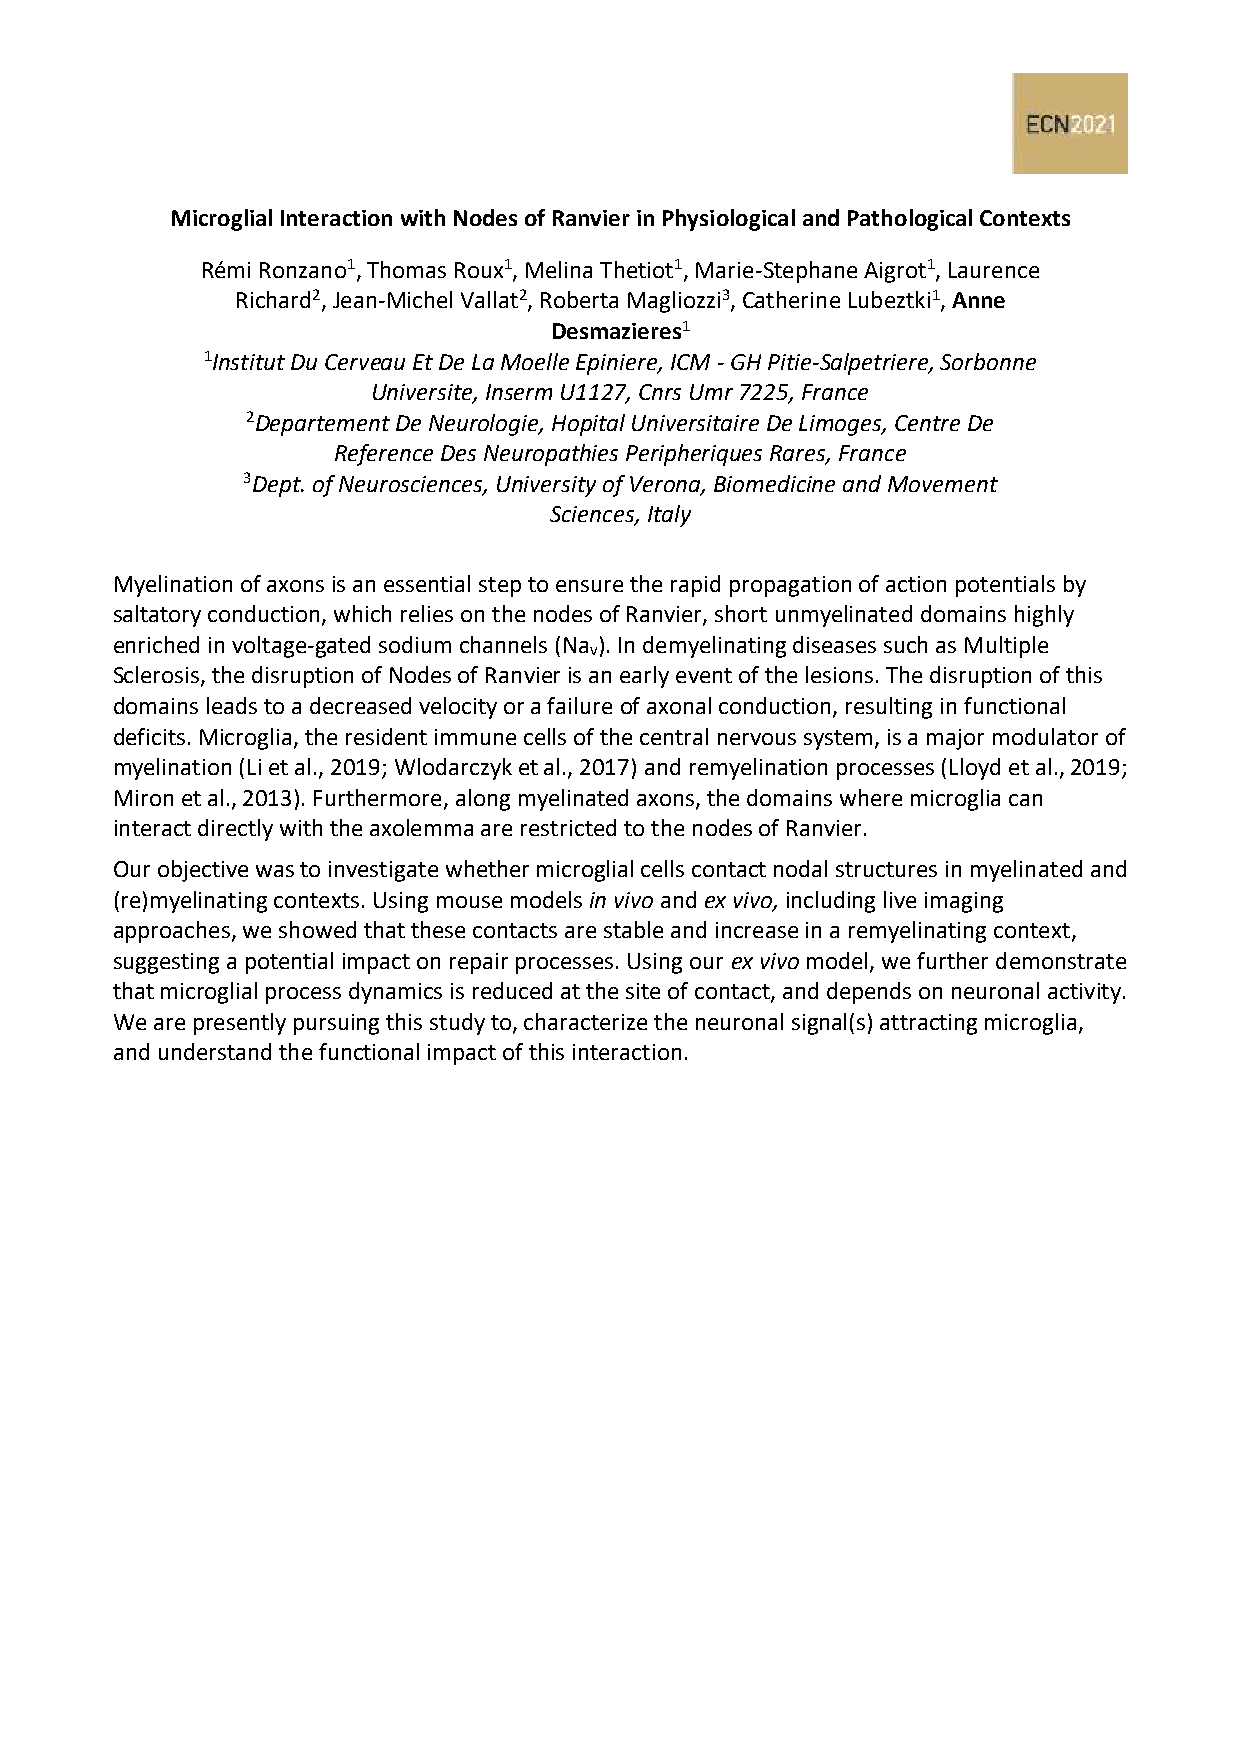
Microglial Interaction with Nodes of Ranvier in Physiological and Pathological Contexts
 Rémi Ronzano1, Thomas Roux1, Melina Thetiot1, Marie-Stephane Aigrot1, Laurence
 Richard2, Jean-Michel Vallat2, Roberta Magliozzi3, Catherine Lubeztki1, Anne
 Desmazieres1
 1Institut Du Cerveau Et De La Moelle Epiniere, ICM - GH Pitie-Salpetriere, Sorbonne
 Universite, Inserm U1127, Cnrs Umr 7225, France
 2Departement De Neurologie, Hopital Universitaire De Limoges, Centre De
 Reference Des Neuropathies Peripheriques Rares, France
 3Dept. of Neurosciences, University of Verona, Biomedicine and Movement
 Sciences, Italy
 Myelination of axons is an essential step to ensure the rapid propagation of action potentials by
 saltatory conduction, which relies on the nodes of Ranvier, short unmyelinated domains highly
 enriched in voltage-gated sodium channels (Na ). In demyelinating diseases such as Multiple
 v
 Sclerosis, the disruption of Nodes of Ranvier is an early event of the lesions. The disruption of this
 domains leads to a decreased velocity or a failure of axonal conduction, resulting in functional
 deficits. Microglia, the resident immune cells of the central nervous system, is a major modulator of
 myelination (Li et al., 2019; Wlodarczyk et al., 2017) and remyelination processes (Lloyd et al., 2019;
 Miron et al., 2013). Furthermore, along myelinated axons, the domains where microglia can
 interact directly with the axolemma are restricted to the nodes of Ranvier.
 Our objective was to investigate whether microglial cells contact nodal structures in myelinated and
 (re)myelinating contexts. Using mouse models in vivo and ex vivo, including live imaging
 approaches, we showed that these contacts are stable and increase in a remyelinating context,
 suggesting a potential impact on repair processes. Using our ex vivo model, we further demonstrate
 that microglial process dynamics is reduced at the site of contact, and depends on neuronal activity.
 We are presently pursuing this study to, characterize the neuronal signal(s) attracting microglia,
 and understand the functional impact of this interaction.